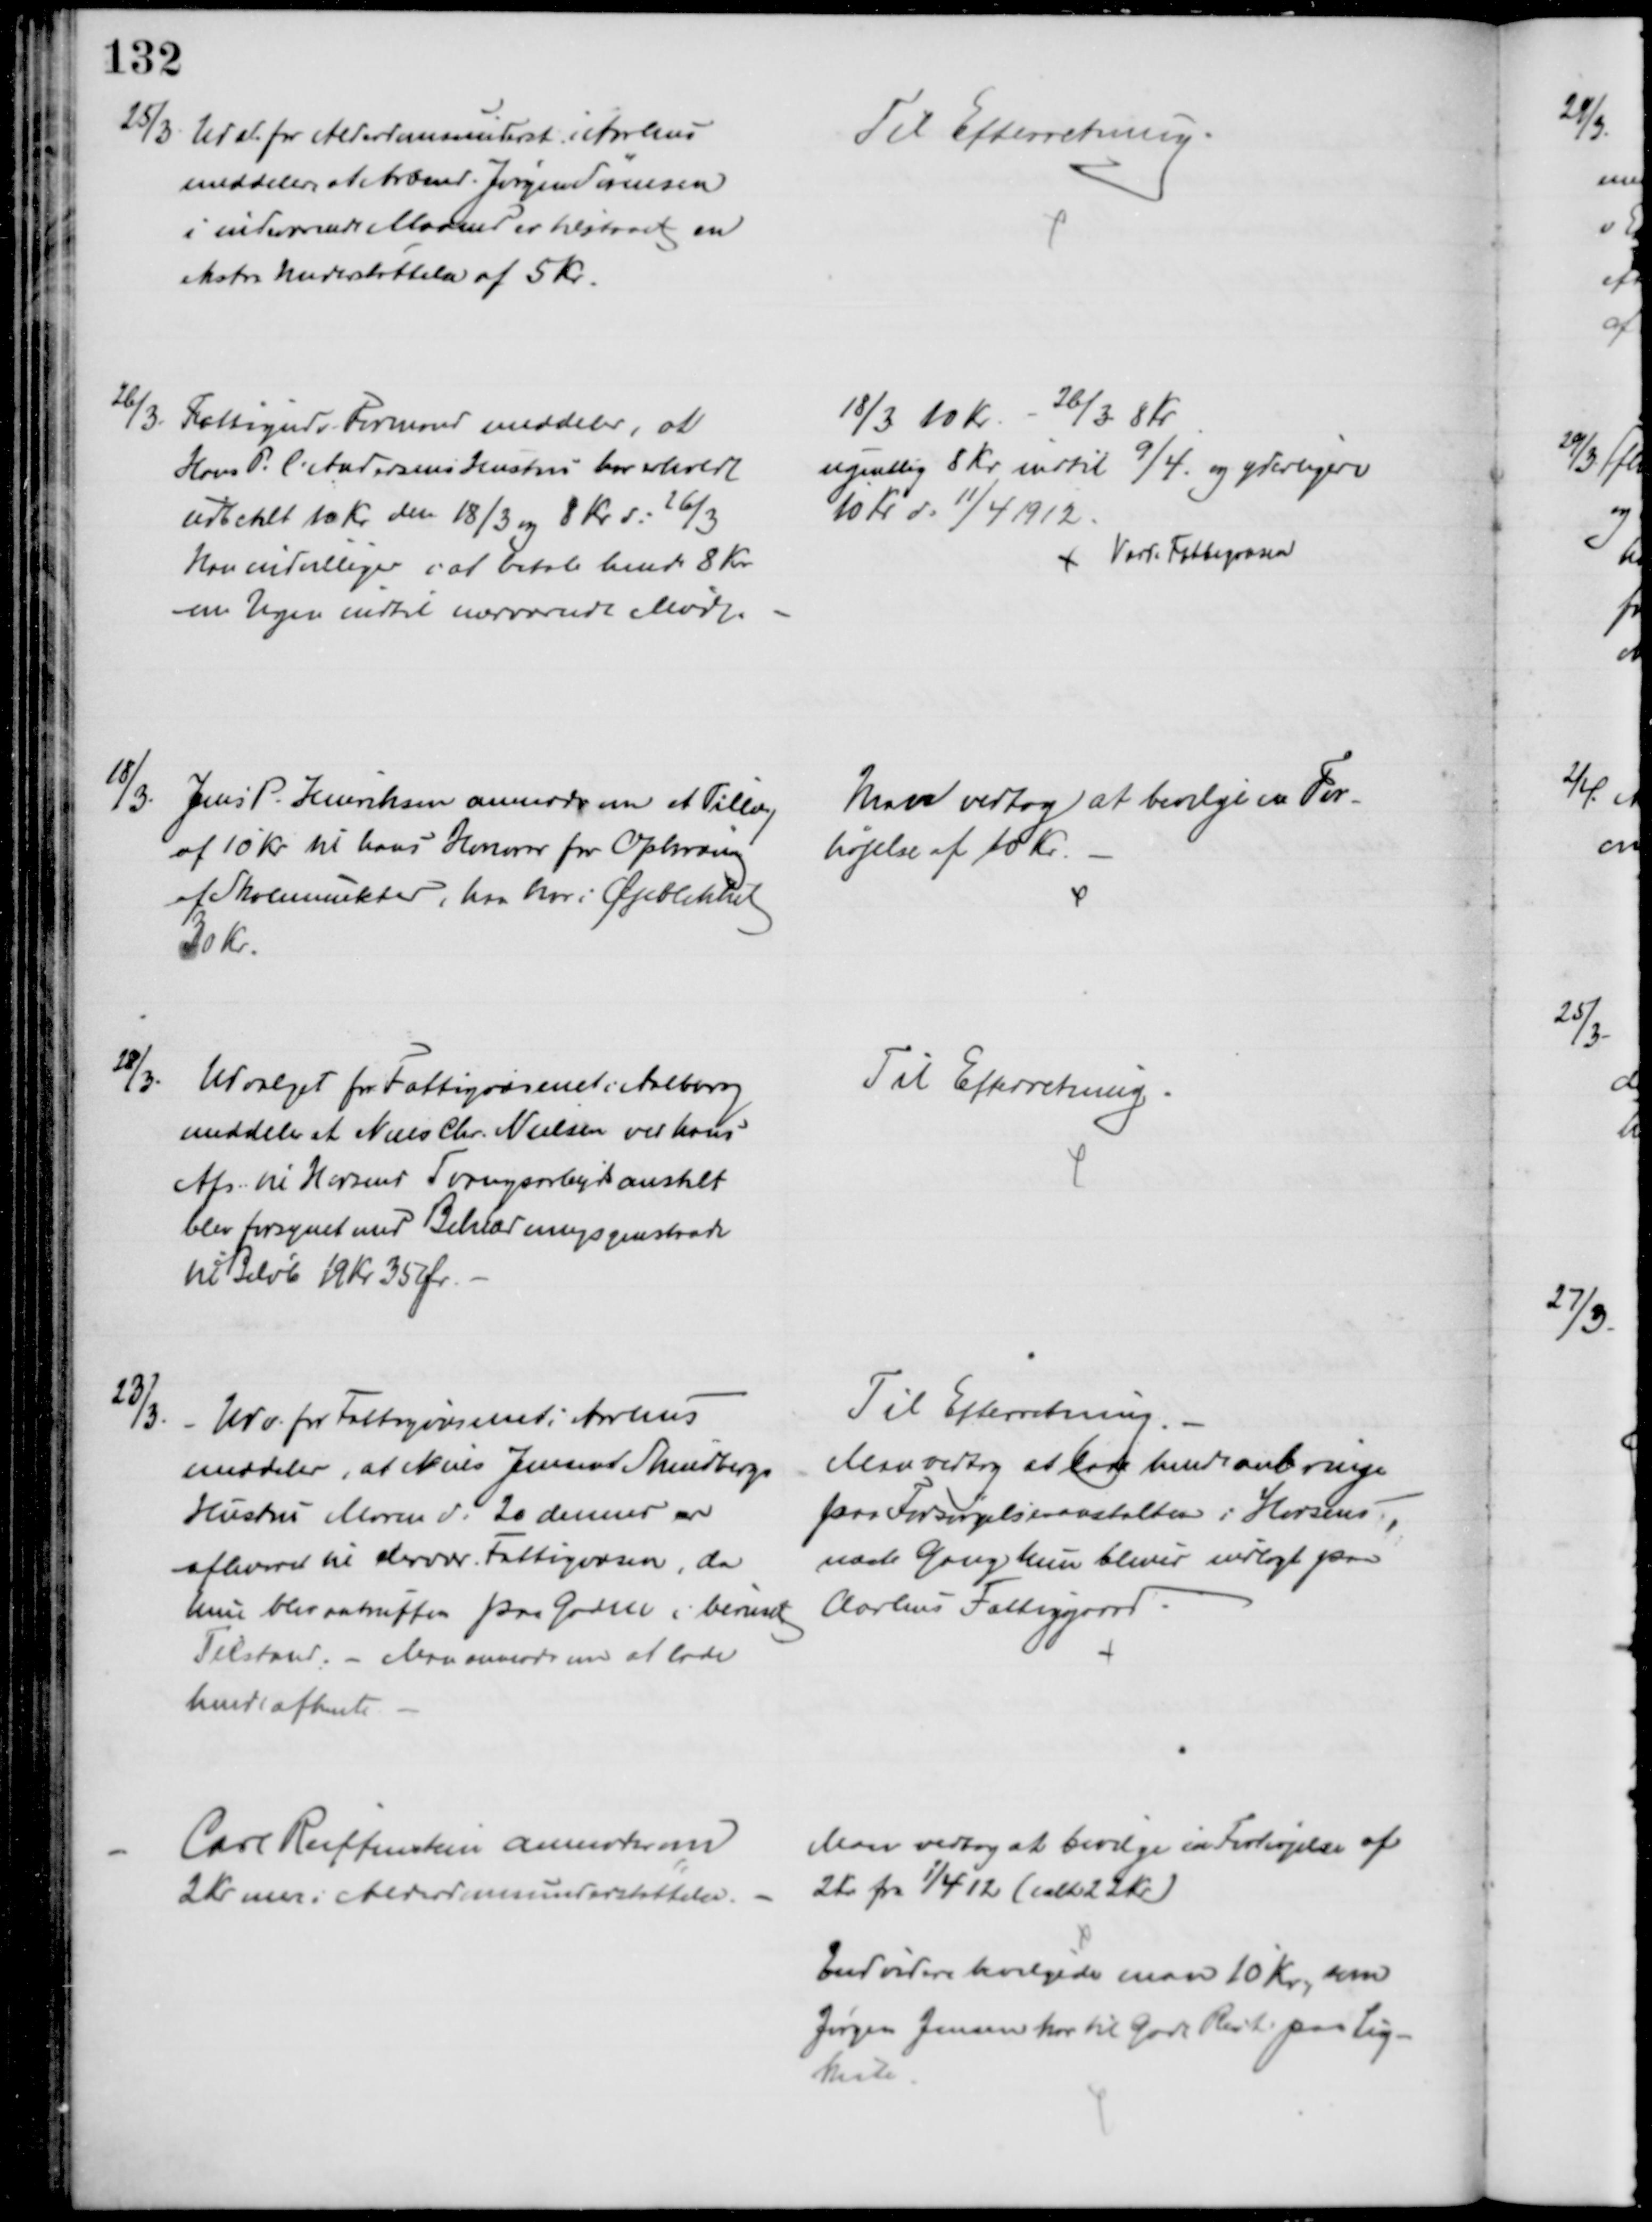
Transskription:
25/3 Udv. for Alderdomsunderst. i Aarhus
meddeler, at Arbmd. Jørgen Sørensen
i indeværende Maaned er tilstaaet en
ekstra Understøttelse af 5 Kr.
Til Efterretning.
26/3.
Fattigudv. Formand meddeler, at
Hans P. C. Andersens Hustru har erholdt
udbetalt 10 Kr den 18/3 og 8 Kr d: 26/3
Han indvilliger i at betale hende 8 Kr
om Ugen indtil nærværende Møde.
18/3 10 Kr - 26/3 8 Kr
ugentlig 8 Kr indtil 9/4. og yderligere
10 Kr d: 11/4 1912.
Varde Fattigvæsen
18/3.
Jens P. Henriksen anmoder om et Tillæg
af 10 Kr til hans Honorar for Opkrævning
af Skolemulkter, han har i Øjeblikket
30 Kr.
Man vedtog at bevilge en For-
højelse af 10 Kr.
18/3.
Udvalget for Fattigvæsenet i Aalborg
meddeler at Niels Chr. Nielsen ved hans
Afs. til Horsens Tvangsarbejdsanstalt
blev forsynet med Beklædningsgenstande
til Beløb 19 Kr 35 Ør.
Til Efterretning.
23/3.
Udv. for Fattigvæsenet i Aarhus
meddeler, at Niels Jensens Skindbergs
Hustru Maren d: 20 dennes er
afleveret til dervær. Fattigvæsen, da
hun blev antruffen paa Gaden i beruset
Tilstand. - Man anmoder om at lade
hende afhente
Til Efterretning.
Man vedtog at lade hende anbringe
paa Forsørgelsesanstalten i Horsens,
næste Gang hun bliver indlagt paa
Aarhus Fattiggaard.
Carl Reiffenstein anmoder om
2 Kr mer i Alderdomsunderstøttelse.
Man vedtog at bevilge en Forhøjelse af 
2 Kr fra 1/4 12 (ialt 22 Kr)
Endvidere bevilgede man 10 Kr, som
Jørgen Jensen har til gode Rest. paa Lig-
kiste.